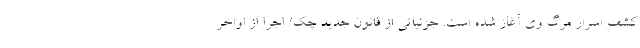
کشف اسرار مرگ وی آغاز شده است. جزئیاتی از قانون جدید چک/ اجرا از اواخر